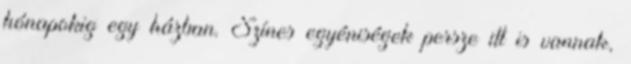
hónapokig egy házban. Színes egyéniségek persze itt is vannak,